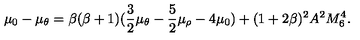
\mu _ { 0 } - \mu _ { \theta } = \beta ( \beta + 1 ) ( \frac { 3 } { 2 } \mu _ { \theta } - \frac { 5 } { 2 } \mu _ { \rho } - 4 \mu _ { 0 } ) + ( 1 + 2 \beta ) ^ { 2 } A ^ { 2 } M _ { 6 } ^ { 4 } .